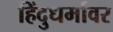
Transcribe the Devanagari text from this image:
हिंदुधर्मावर